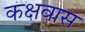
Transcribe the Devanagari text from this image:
कक्षवास